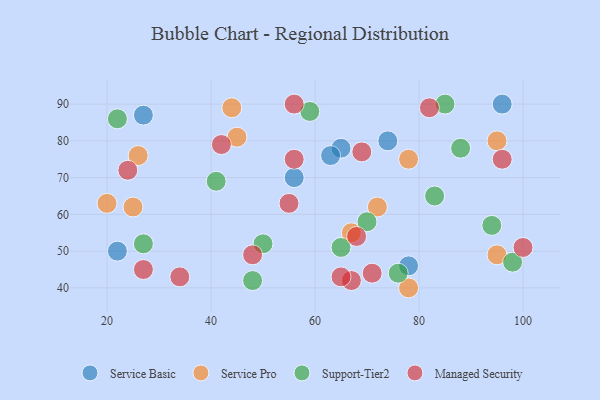
{"axis": {"x": "GDP", "y": "Life Expectancy"}, "legend": ["Managed Security", "Service Basic", "Service Pro", "Support-Tier2"], "data": [{"x": "74", "y": 80, "type": "Service Basic"}, {"x": "78", "y": 46, "type": "Service Basic"}, {"x": "65", "y": 78, "type": "Service Basic"}, {"x": "63", "y": 76, "type": "Service Basic"}, {"x": "22", "y": 50, "type": "Service Basic"}, {"x": "56", "y": 70, "type": "Service Basic"}, {"x": "96", "y": 90, "type": "Service Basic"}, {"x": "27", "y": 87, "type": "Service Basic"}, {"x": "20", "y": 63, "type": "Service Pro"}, {"x": "25", "y": 62, "type": "Service Pro"}, {"x": "78", "y": 40, "type": "Service Pro"}, {"x": "26", "y": 76, "type": "Service Pro"}, {"x": "95", "y": 80, "type": "Service Pro"}, {"x": "72", "y": 62, "type": "Service Pro"}, {"x": "45", "y": 81, "type": "Service Pro"}, {"x": "78", "y": 75, "type": "Service Pro"}, {"x": "67", "y": 55, "type": "Service Pro"}, {"x": "95", "y": 49, "type": "Service Pro"}, {"x": "44", "y": 89, "type": "Service Pro"}, {"x": "50", "y": 52, "type": "Support-Tier2"}, {"x": "88", "y": 78, "type": "Support-Tier2"}, {"x": "59", "y": 88, "type": "Support-Tier2"}, {"x": "76", "y": 44, "type": "Support-Tier2"}, {"x": "22", "y": 86, "type": "Support-Tier2"}, {"x": "48", "y": 42, "type": "Support-Tier2"}, {"x": "98", "y": 47, "type": "Support-Tier2"}, {"x": "94", "y": 57, "type": "Support-Tier2"}, {"x": "27", "y": 52, "type": "Support-Tier2"}, {"x": "83", "y": 65, "type": "Support-Tier2"}, {"x": "70", "y": 58, "type": "Support-Tier2"}, {"x": "85", "y": 90, "type": "Support-Tier2"}, {"x": "65", "y": 51, "type": "Support-Tier2"}, {"x": "41", "y": 69, "type": "Support-Tier2"}, {"x": "69", "y": 77, "type": "Managed Security"}, {"x": "82", "y": 89, "type": "Managed Security"}, {"x": "34", "y": 43, "type": "Managed Security"}, {"x": "96", "y": 75, "type": "Managed Security"}, {"x": "56", "y": 90, "type": "Managed Security"}, {"x": "42", "y": 79, "type": "Managed Security"}, {"x": "55", "y": 63, "type": "Managed Security"}, {"x": "48", "y": 49, "type": "Managed Security"}, {"x": "67", "y": 42, "type": "Managed Security"}, {"x": "56", "y": 75, "type": "Managed Security"}, {"x": "27", "y": 45, "type": "Managed Security"}, {"x": "24", "y": 72, "type": "Managed Security"}, {"x": "65", "y": 43, "type": "Managed Security"}, {"x": "100", "y": 51, "type": "Managed Security"}, {"x": "71", "y": 44, "type": "Managed Security"}, {"x": "68", "y": 54, "type": "Managed Security"}]}